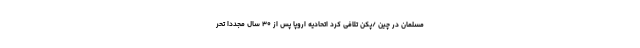
مسلمان در چین /پکن تلافی کرد اتحادیه اروپا پس از ۳۰ سال مجددا تحر